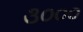
૩૦૦૦